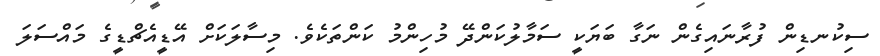
ސިކުނޑިން ފުރާނައިގެން ނަގާ ބަޔަކީ ސަމާލުކަންދޭ މުހިންމު ކަންތަކެވެ. މިސާލަކަށް އޭޑީއެޗްޑީގެ މައްސަލަ